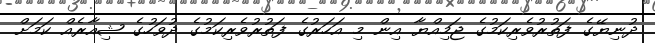
ދުނިޔޭގެ ފަތުރުވެރިކަމުގެ ޖަމިއްޔާ އިން މި އަހަރުގެ ފަތުރުވެރިކަމުގެ ދުވަހުގެ ޝިއާރެއް ކަމަށް